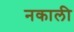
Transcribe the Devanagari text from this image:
नकाली